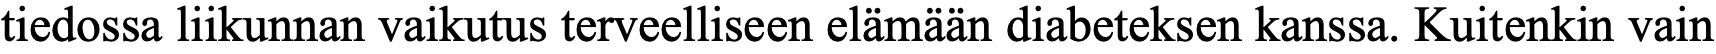
tiedossa liikunnan vaikutus terveelliseen elämään diabeteksen kanssa. Kuitenkin vain